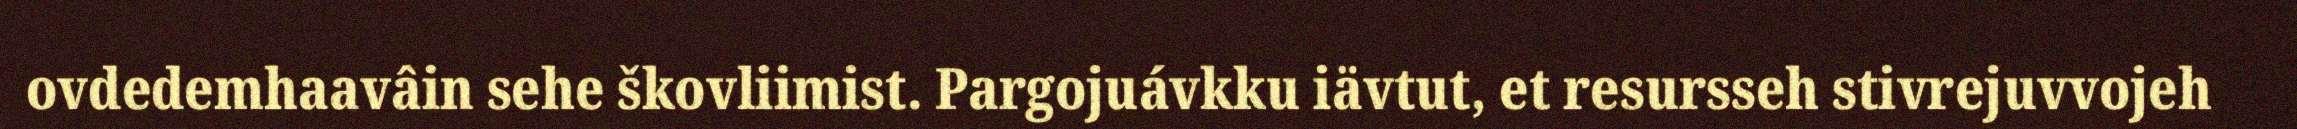
ovdedemhaavâin sehe škovliimist. Pargojuávkku iävtut, et resursseh stivrejuvvojeh